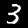
Digit: 3